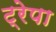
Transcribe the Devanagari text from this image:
ट्रेपा